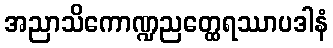
အညာသိကောဏ္ဍညတ္ထေရဿာပဒါနံ